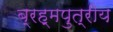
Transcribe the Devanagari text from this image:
ब्रह्मपुत्रीय